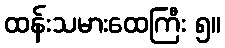
ထန်းသမားထေကြီး ၅။